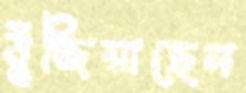
বুঁজিয়াছেন